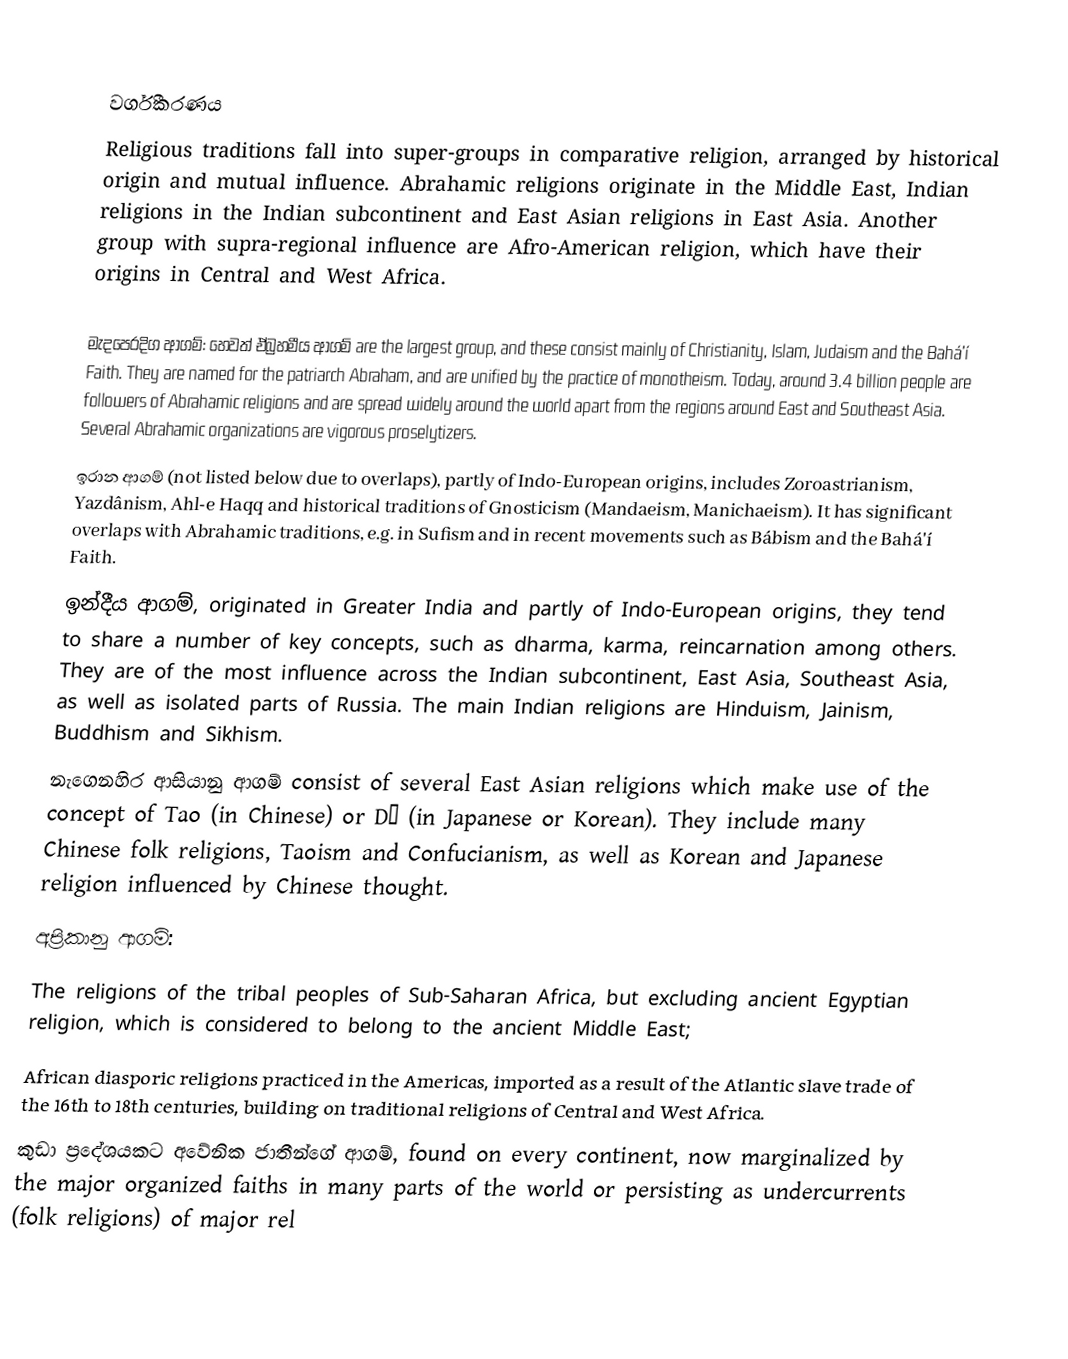

වර්ගීකරණය
Religious traditions fall into super-groups in comparative religion, arranged by historical origin and mutual influence. Abrahamic religions originate in the Middle East, Indian religions in the Indian subcontinent and East Asian religions in East Asia. Another group with supra-regional influence are Afro-American religion, which have their origins in Central and West Africa.

 මැදපෙරදිග ආගම්: හෙවත් ඒබ්‍රහමීය ආගම් are the largest group, and these consist mainly of Christianity, Islam, Judaism and the Bahá'í Faith. They are named for the patriarch Abraham, and are unified by the practice of monotheism. Today, around 3.4 billion people are followers of Abrahamic religions and are spread widely around the world apart from the regions around East and Southeast Asia. Several Abrahamic organizations are vigorous proselytizers.
 ඉරාන ආගම් (not listed below due to overlaps), partly of Indo-European origins, includes Zoroastrianism, Yazdânism, Ahl-e Haqq and historical traditions of Gnosticism (Mandaeism, Manichaeism). It has significant overlaps with Abrahamic traditions, e.g. in Sufism and in recent movements such as Bábism and the Bahá'í Faith.
 ඉන්දීය ආගම්, originated in Greater India and partly of Indo-European origins, they tend to share a number of key concepts, such as dharma, karma, reincarnation among others. They are of the most influence across the Indian subcontinent, East Asia, Southeast Asia, as well as isolated parts of Russia. The main Indian religions are Hinduism, Jainism, Buddhism and Sikhism.
 නැගෙනහිර ආසියානු ආගම් consist of several East Asian religions which make use of the concept of Tao (in Chinese) or Dō (in Japanese or Korean). They include many Chinese folk religions, Taoism and Confucianism, as well as Korean and Japanese religion influenced by Chinese thought.
 අප්‍රිකානු ආගම්:
 The religions of the tribal peoples of Sub-Saharan Africa, but excluding ancient Egyptian religion, which is considered to belong to the ancient Middle East;
 African diasporic religions practiced in the Americas, imported as a result of the Atlantic slave trade of the 16th to 18th centuries, building on traditional religions of Central and West Africa.
 කුඩා ප්‍රදේශයකට අවේනික ජාතීන්ගේ ආගම්, found on every continent, now marginalized by the major organized faiths in many parts of the world or persisting as undercurrents (folk religions) of major rel